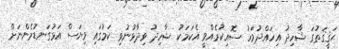
ޙަޤީޤަތުގަ ޝާހިދު އިހައްދުވަހު ސޮއިކުރެއްވީ އެކަމަކު ޝާހިދު ވިދާޅުނުވި ކަމުގައި ވިޔަސް އަޅުގަނޑުމެންނަށް